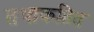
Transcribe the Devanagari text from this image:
तथाकतित